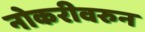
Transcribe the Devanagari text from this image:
नोकरीवरुन